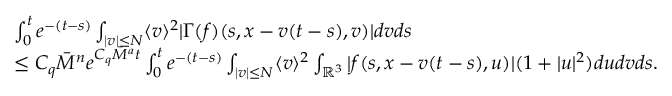
\begin{array} { r l } & { \int _ { 0 } ^ { t } e ^ { - ( t - s ) } \int _ { \vert v \vert \leq N } \langle v \rangle ^ { 2 } \vert \Gamma ( f ) ( s , x - v ( t - s ) , v ) \vert d v d s } \\ & { \leq C _ { q } \overbar { M } ^ { n } e ^ { C _ { q } \overbar { M } ^ { a } t } \int _ { 0 } ^ { t } e ^ { - ( t - s ) } \int _ { \vert v \vert \leq N } \langle v \rangle ^ { 2 } \int _ { \mathbb { R } ^ { 3 } } \vert f ( s , x - v ( t - s ) , u ) \vert ( 1 + | u | ^ { 2 } ) d u d v d s . } \end{array}